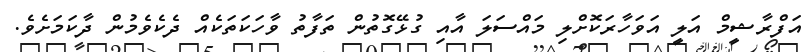
އަފްރާޝީމް އަލީ އަވަހާރަކޮށްލި މައްސަލަ އާއި ގުޅޭގޮތުން ތަފާތު ވާހަކަތަކެއް ދެކެވެމުން ދާކަމަށެވެ.